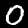
Digit: 0